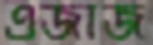
এজাজ